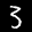
Label: 3